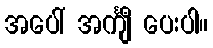
အပေါ် အင်္ကျီ ပေးပါ။